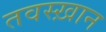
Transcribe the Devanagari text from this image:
तवस्ख़ान